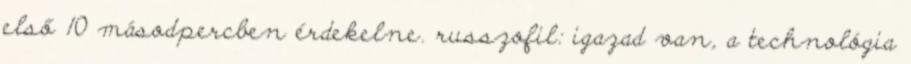
első 10 másodpercben érdekelne. russzofil: igazad van, a technológia